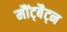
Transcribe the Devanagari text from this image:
मौंट्बैट्न